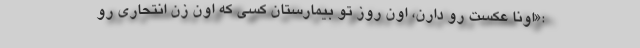
:«اونا عکست رو دارن، اون روز تو بیمارستان کسی که اون زن انتحاری رو